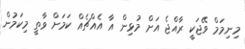
މިނިމަމް ވޭޖަކީ ރާއްޖެ އަށް މުޅިން އާ އެއްޗެއް ކަމަށް ވާތީ މިކަމުން